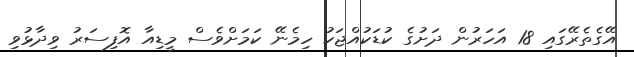
އޭގެތެރޭގައި 18 އަހަރުން ދަށުގެ ކުޑަކުއްޖަކު ހިމެނޭ ކަމަށްވެސް މީޑިއާ އޮފިސަރު ވިދާޅުވި